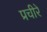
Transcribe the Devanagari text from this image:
प्रचीरे